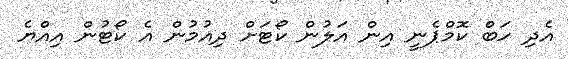
އެދި ހަބް ކޮމްޕެނީ އިން އަލުން ކޯޓަށް ދިއުމުން އެ ކޯޓުން އިއްޔެ